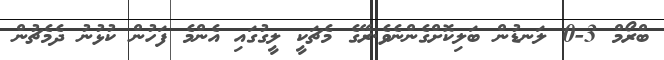
ބްރޯމް 3-0 ލަނޑުން ބަލިކޮށްގެންނެވެ.ރޭގެ މެޗަކީ ލީގުގައި އެންމެ ފަހުން ކުޅުނު ދެމެޗުން